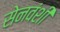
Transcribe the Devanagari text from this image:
सेनवंशी